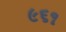
૯૬૧